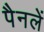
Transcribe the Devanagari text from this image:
पैनलें